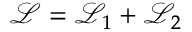
\mathcal { L } = \mathcal { L } _ { 1 } + \mathcal { L } _ { 2 }